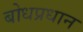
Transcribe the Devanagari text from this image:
बोधप्रधान